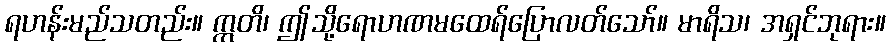
ရဟန်းမည်သတည်း။ ဣတိ၊ ဤသို့ရောဟဏမထေရ်ပြောလတ်သော်။ မာရိသ၊ အရှင်ဘုရား။